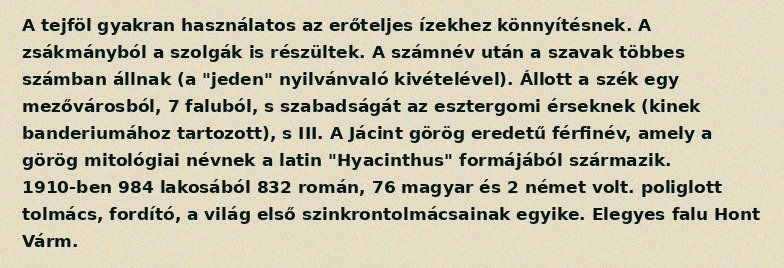
A tejföl gyakran használatos az erőteljes ízekhez könnyítésnek. A zsákmányból a szolgák is részültek. A számnév után a szavak többes számban állnak (a "jeden" nyilvánvaló kivételével). Állott a szék egy mezővárosból, 7 faluból, s szabadságát az esztergomi érseknek (kinek banderiumához tartozott), s III. A Jácint görög eredetű férfinév, amely a görög mitológiai névnek a latin "Hyacinthus" formájából származik. 1910-ben 984 lakosából 832 román, 76 magyar és 2 német volt. poliglott tolmács, fordító, a világ első szinkrontolmácsainak egyike. Elegyes falu Hont Várm.